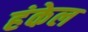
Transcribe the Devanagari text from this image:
हंकेल